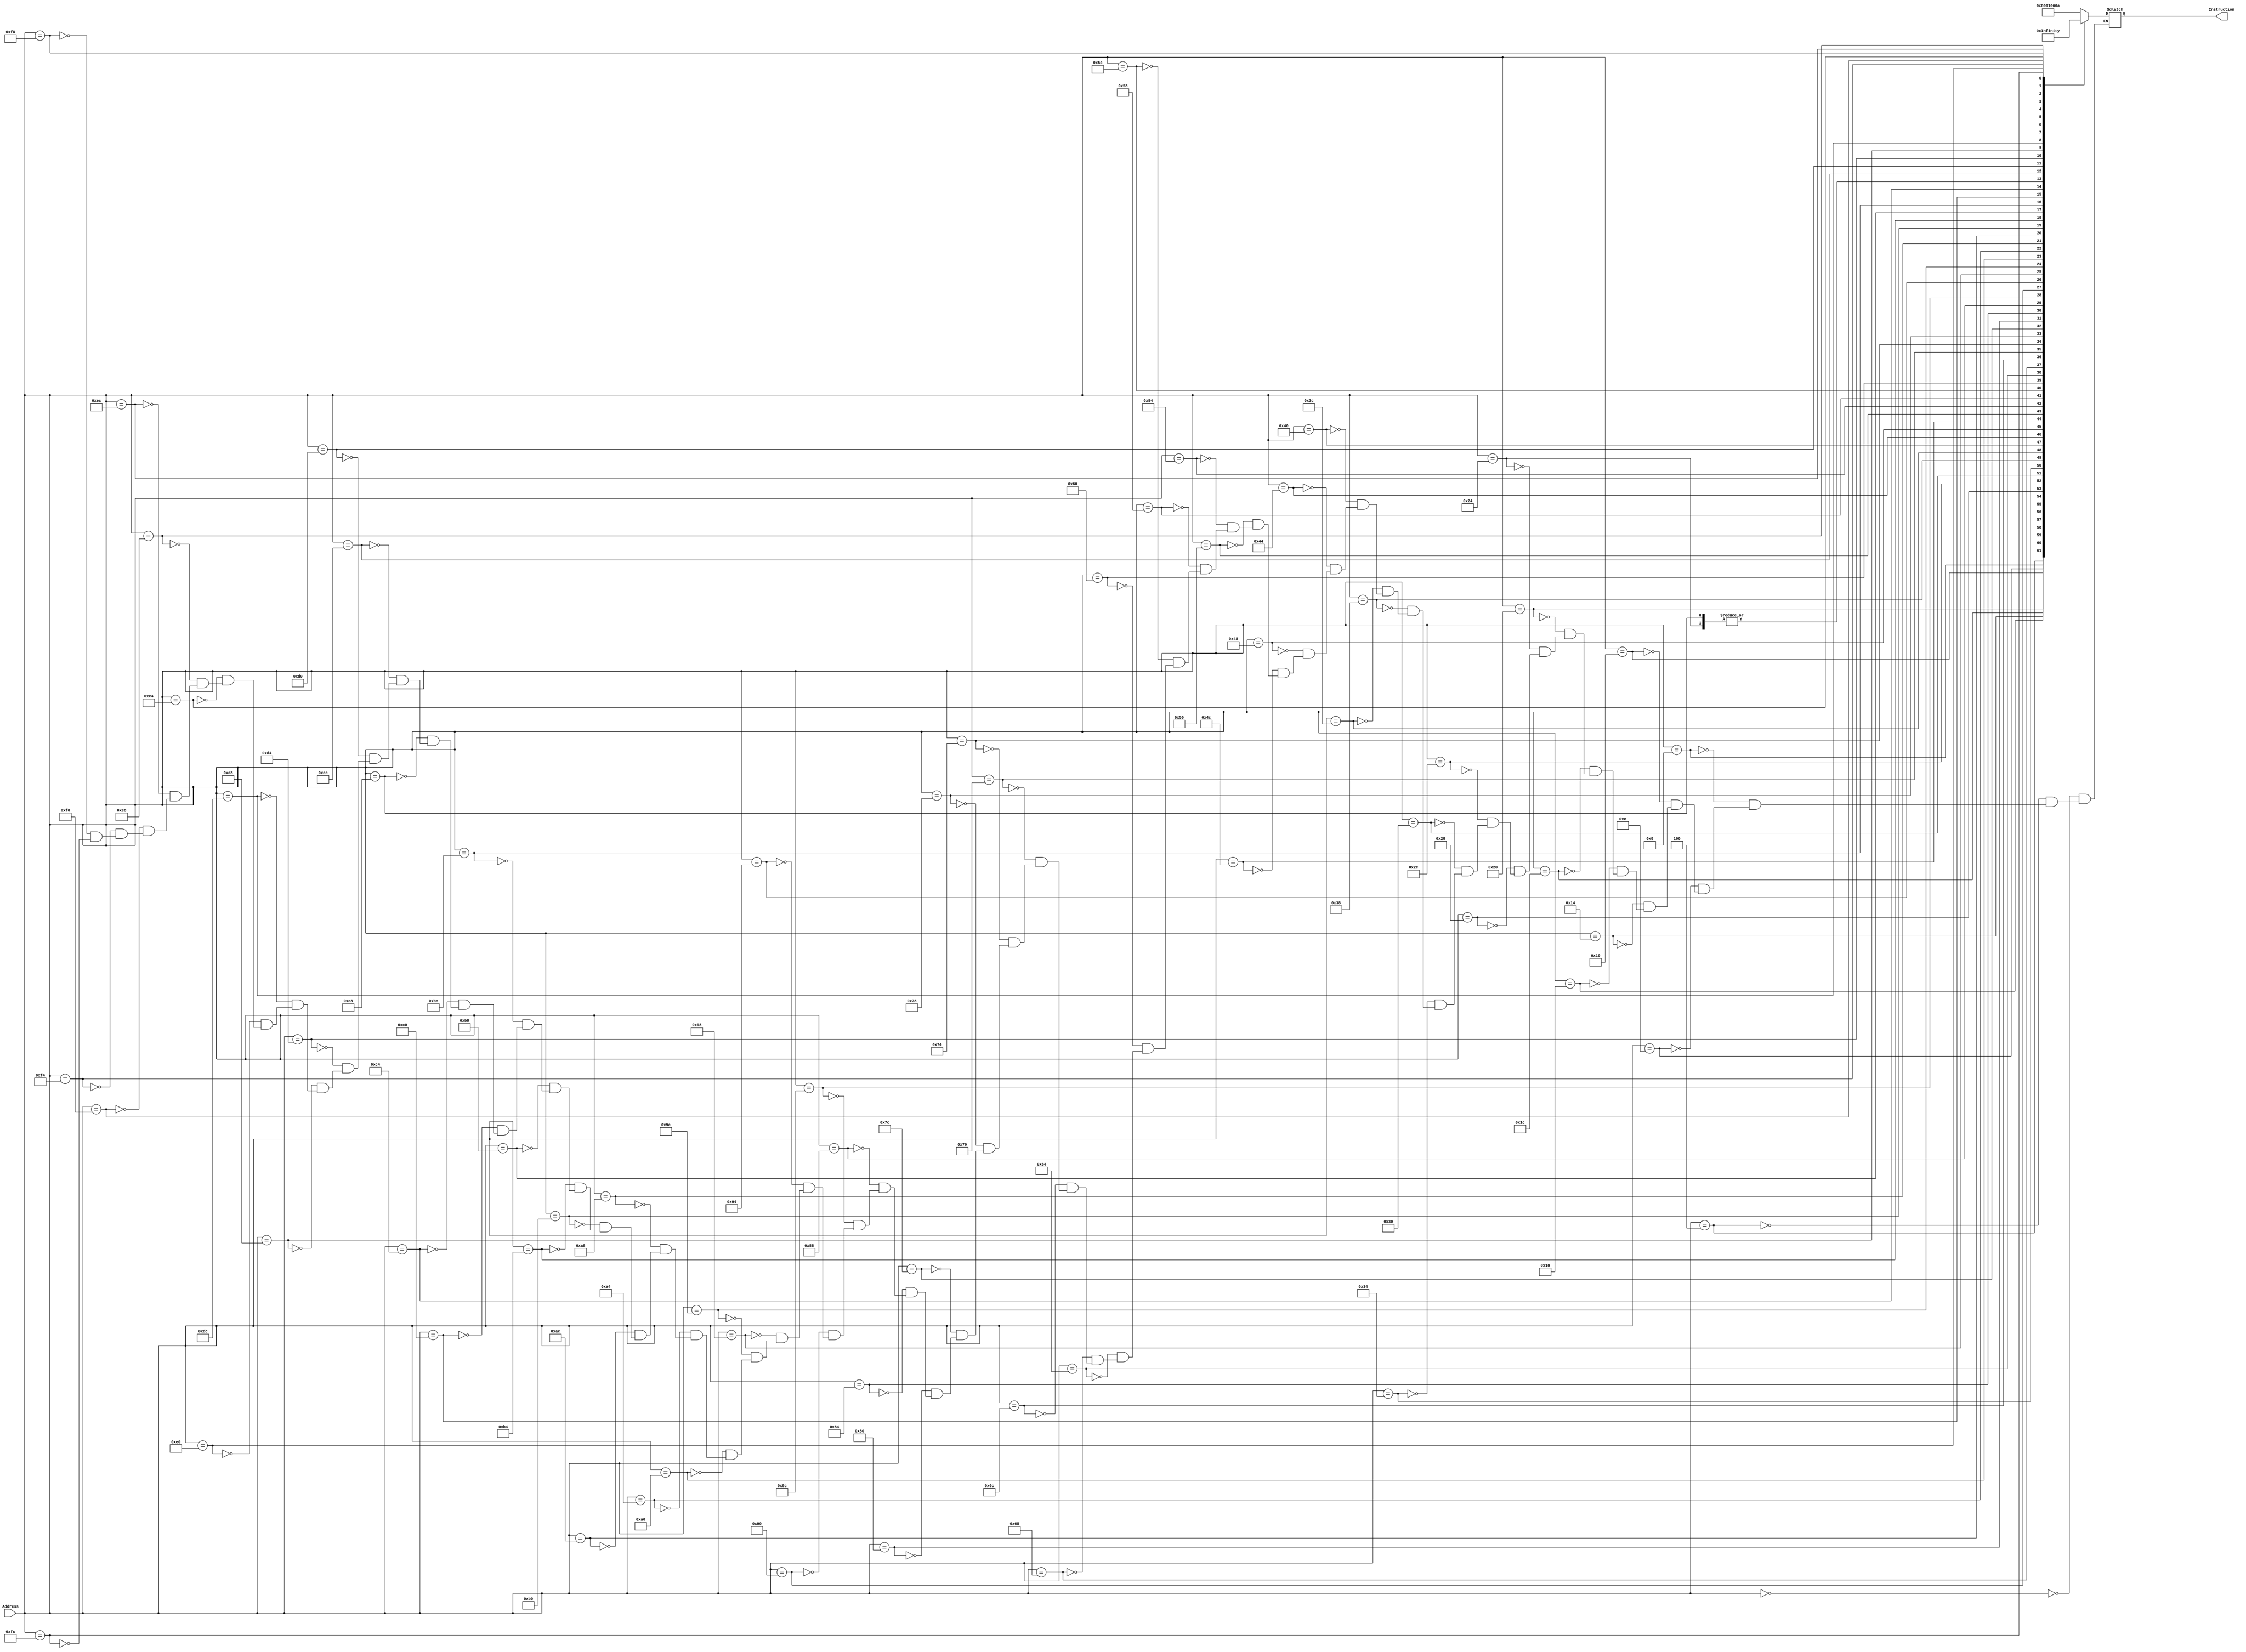
module Instruction_Memory
	(
		input [31:0] Address, 
		output reg [31:0] Instruction
	);
	reg [31:0] instructions [100:0];
	// initial $readmemb("Benchmark.txt", instructions);
	   // always@(Address) 
	   // 	begin
	   // 		Instruction <= instructions[Address>>2];
	   // 	end
	always@(Address) 
	begin
		case(Address)			
			// Original Benchmark
			32'd0 : Instruction <= 32'b10000000000000010000011000001010;  //-- Addi r1 ,r0 ,1546  ;  //r1=1546
			32'd4 : Instruction <= 32'b00000100000000010001000000000000;  //-- Add r2 ,r0 ,r1 ;  //r2=1546
			32'd8 : Instruction <= 32'b00001100000000010001100000000000;  //-- sub r3 ,r0 ,r1 ;  //r3=-1546
			32'd12 : Instruction <= 32'b00010100010000110010000000000000;  //--and r4,r2,r3  ;  //r4=2
			32'd16 : Instruction <= 32'b10000100011001010001101000110100;  //--subi r5,r3, ;  //r5=-8254
			32'd20 : Instruction <= 32'b00011000011001000010100000000000;  //--or r5,r3,r4  ;  //r5=-1546
			32'd24 : Instruction <= 32'b00011100101000000011000000000000;  //--nor r6,r5,r0 ;  //r6=1545
			32'd28 : Instruction <= 32'b00011100100000000101100000000000;  //--nor r11,r4,r0 ;  //r11=-3
			32'd32 : Instruction <= 32'b00001100101001010010100000000000;  //--sub r5,r5,r5 ;  //r5=0
			32'd36 : Instruction <= 32'b10000000000000010000010000000000;  //--addi r1,r0,1024  ;  //r1=1024
			32'd40 : Instruction <= 32'b10010100001000100000000000000000;  //-- st r2 ,r1 ,0  ;  //
			32'd44 : Instruction <= 32'b10010000001001010000000000000000;  //-- ld r5 ,r1 ,0  ;  //r5=1546
			32'd48 : Instruction <= 32'b10100000101000000000000000000001;  //-- Bez r5, 1;  //not taken
			32'd52 : Instruction <= 32'b00100000101000010011100000000000;  //-- xor r7 ,r5 ,r1  ;  //r7=522
			32'd56 : Instruction <= 32'b00100000101000010000000000000000;  //-- xor r0 ,r5 ,r1  ;  //r0=0
			32'd60 : Instruction <= 32'b00100100011001000011100000000000;  //-- sla r7 ,r3 ,r4 ;  //r7=-6184
			32'd64 : Instruction <= 32'b10010100001001110000000000010100;  //-- st r7 ,r1 ,20
			32'd68 : Instruction <= 32'b00101000011001000100000000000000;  //-- sll r8 ,r3 ,r4  ;  //r8=-6184
			32'd72 : Instruction <= 32'b00101100011001000100100000000000;  //-- sra r9 ,r3 ,r4  ;  //r9=1073741437
			32'd76 : Instruction <= 32'b00110000011001000101000000000000;  //-- srl r10 ,r3 ,r4 ;  //r10=-384
			32'd80 : Instruction <= 32'b10010100001000110000000000000100;  //-- st r3 ,r1 ,4
			32'd84 : Instruction <= 32'b10010100001001000000000000001000;  //-- st r4 ,r1 ,8
			32'd88 : Instruction <= 32'b10010100001001010000000000001100;  //-- st r5 ,r1 ,12
			32'd92 : Instruction <= 32'b10010100001001100000000000010000;  //-- st r6 ,r1 ,16
			32'd96 : Instruction <= 32'b10010000001010110000000000000100;  //-- ld r11 ,r1 ,4 ;  //r11=-1546
			32'd100 : Instruction <= 32'b10010100001010110000000000011000;  //-- st r11 ,r1 ,24
			32'd104 : Instruction <= 32'b10010100001010010000000000011100;  //-- st r9 ,r1 ,28
			32'd108 : Instruction <= 32'b10010100001010100000000000100000;  //-- st r10 ,r1 ,32
			32'd112 : Instruction <= 32'b10010100001010000000000000100100;  //-- st r8 ,r1 ,36
			32'd116 : Instruction <= 32'b10000000000000010000000000000011;  //-- Addi r1 ,r0 ,3  ;  //r1=3
			32'd120 : Instruction <= 32'b10000000000001000000010000000000;  //-- Addi r4 ,r0 ,1024  ;  //r4=1024
			32'd124 : Instruction <= 32'b10000000000000100000000000000000;  //-- Addi r2 ,r0 ,0  ;  //r2=0
			32'd128 : Instruction <= 32'b10000000000000110000000000000001;  //-- Addi r3 ,r0 ,1  ;  //r3=1
			32'd132 : Instruction <= 32'b10000000000010010000000000000010;  //-- Addi r9 ,r0 ,2  ;  //r9=2
			32'd136 : Instruction <= 32'b00101000011010010100000000000000;  //-- sll r8 ,r3 ,r9  ;  //r8=r3*4
			32'd140 : Instruction <= 32'b00000100100010000100000000000000;  //-- Add r8 ,r4 ,r8  ;  //r8=1024+r3*4
			32'd144 : Instruction <= 32'b10010001000001010000000000000000;  //-- ld r5 ,r8 ,0  ;  //
			32'd148 : Instruction <= 32'b10010001000001101111111111111100;  //-- ld r6 ,r8 ,-4  ;  //
			32'd152 : Instruction <= 32'b00001100101001100100100000000000;  //-- sub r9 ,r5 ,r6
			32'd156 : Instruction <= 32'b10000000000010101000000000000000;  //-- Addi r10 ,r0 ,0x8000
			32'd160 : Instruction <= 32'b10000000000010110000000000010000;  //-- Addi r11 ,r0 ,16  ;  //2
			32'd164 : Instruction <= 32'b00101001010010110101000000000000;  //-- sll r10 ,r1 ,r11  ;  //2
			32'd168 : Instruction <= 32'b00010101001010100100100000000000;  //-- And r9 ,r9 ,r10  ;  // if(r5>r6) r9=0 else r9=-2147483648
			32'd172 : Instruction <= 32'b10100001001000000000000000000010;  //-- Bez r9 ,2
			32'd176 : Instruction <= 32'b10010101000001011111111111111100;  //-- st r5 ,r8 ,-4
			32'd180 : Instruction <= 32'b10010101000001100000000000000000;  //-- st r6 ,r8 ,0
			32'd184 : Instruction <= 32'b10000000011000110000000000000001;  //-- Addi r3 ,r3 ,1  ;  //2
			32'd188 : Instruction <= 32'b10100100001000111111111111110001;  //-- BNE r1 ,r3 ,-15
			32'd192 : Instruction <= 32'b10000000010000100000000000000001;  //-- Addi r2 ,r2 ,1  ;  //2
			32'd196 : Instruction <= 32'b10100100001000101111111111101110;  //-- BNE r1 ,r2 ,-18
			32'd200 : Instruction <= 32'b10000000000000010000010000000000;  //-- Addi r1 ,r0 ,1024  ;  //r1=1024
			32'd204 : Instruction <= 32'b10010000001000100000000000000000;  //-- ld ,r2 ,r1 ,0  ;  //r2=-1546
			32'd208 : Instruction <= 32'b10010000001000110000000000000100;  //-- ld ,r3 ,r1 ,4  ;  //r3=2
			32'd212 : Instruction <= 32'b10010000001001000000000000001000;  //-- ld ,r4 ,r1 ,8  ;  //r4=1546
			32'd216 : Instruction <= 32'b10010000001001000000001000001000;  //-- ld ,r4 ,r1 ,520  ;  // after SRAM r4=random number
			32'd220 : Instruction <= 32'b10010000001001000000010000001000;  //-- ld ,r4 ,r1 ,1023  ;  // after SRAM r4=random number
			32'd224 : Instruction <= 32'b10010000001001010000000000001100;  //-- ld ,r5 ,r1 ,12  ;  // r5=1546
			32'd228 : Instruction <= 32'b10010000001001100000000000010000;  //-- ld ,r6 ,r1 ,16  ;  //r6=1545
			32'd232 : Instruction <= 32'b10010000001001110000000000010100;  //-- ld ,r7 ,r1 ,20  ;  //r7=-6184
			32'd236 : Instruction <= 32'b10010000001010000000000000011000;  //-- ld ,r8 ,r1 ,24  ;  //r8=-1546
			32'd240 : Instruction <= 32'b10010000001010010000000000011100;  //-- ld ,r9 ,r1 ,28  ;  //r9=1073741437
			32'd244 : Instruction <= 32'b10010000001010100000000000100000;  //-- ld ,r10,r1 ,32  ;  //r10=-387
			32'd248 : Instruction <= 32'b10010000001010110000000000100100;  //-- ld ,r11,r1 ,36  ;  //r11=-6184
			32'd252 : Instruction <= 32'b10101000000000001111111111111111;  //-- JMP -1
			
		endcase
	end
endmodule